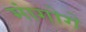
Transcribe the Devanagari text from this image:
मांगोगे